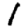
Digit: 1